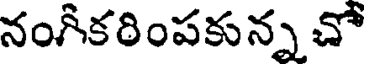
నంగికరింపకున్న చో